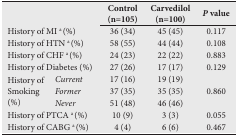
<table><thead><tr><td colspan="2"><b> </b></td><td><b>Control (n=105)</b></td><td><b>Carvedilol (n=100)</b></td><td><b><i>P</i> value</b></td></tr></thead><tbody><tr><td colspan="2">History of MI a (%)</td><td>36 (34)</td><td>45 (45)</td><td>0.117</td></tr><tr><td colspan="2">History of HTN a (%)</td><td>58 (55)</td><td>44 (44)</td><td>0.108</td></tr><tr><td colspan="2">History of CHF a (%)</td><td>24 (23)</td><td>22 (22)</td><td>0.883</td></tr><tr><td colspan="2">History of Diabetes (%)</td><td>27 (26)</td><td>17 (17)</td><td>0.129</td></tr><tr><td rowspan="3">History of Smoking (%)</td><td><i>Current</i></td><td>17 (16)</td><td>19 (19)</td><td rowspan="3">0.860</td></tr><tr><td><i>Former</i></td><td>37 (35)</td><td>35 (35)</td></tr><tr><td><i>Never</i></td><td>51 (48)</td><td>46 (46)</td></tr><tr><td colspan="2">History of PTCA a (%)</td><td>10 (9)</td><td>3 (3)</td><td>0.055</td></tr><tr><td colspan="2">History of CABG a (%)</td><td>4 (4)</td><td>6 (6)</td><td>0.467</td></tr></tbody></table>